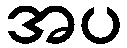
အပ